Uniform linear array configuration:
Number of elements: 16
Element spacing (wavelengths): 0.25
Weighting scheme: binomial
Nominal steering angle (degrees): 0
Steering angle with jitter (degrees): -0.4097
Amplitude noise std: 0.05
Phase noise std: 0.05

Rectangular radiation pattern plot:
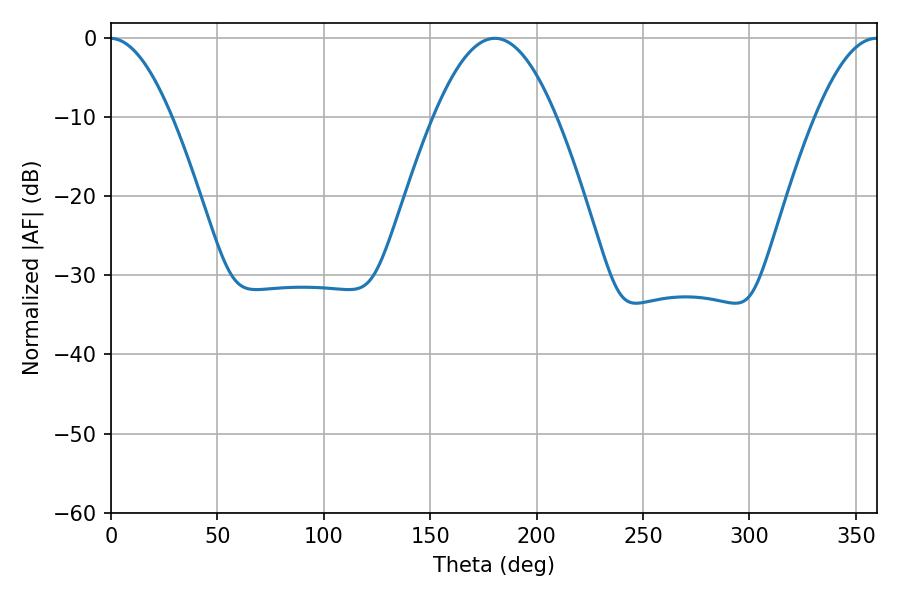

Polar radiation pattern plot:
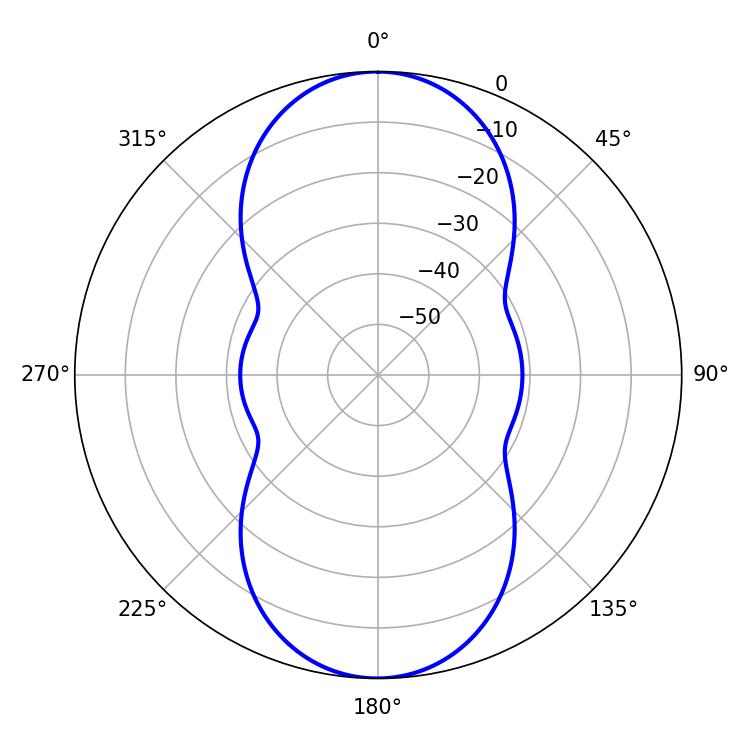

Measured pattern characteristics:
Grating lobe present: FALSE
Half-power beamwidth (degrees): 31.32
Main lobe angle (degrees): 180.36